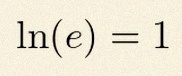
\ln(e)=1